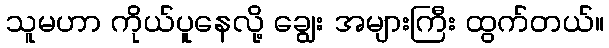
သူမဟာ ကိုယ်ပူနေလို့ ချွေး အများကြီး ထွက်တယ်။